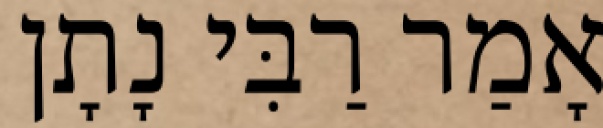
אָמַר רַבִּי נָתָן